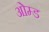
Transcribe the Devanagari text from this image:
ओम्ड